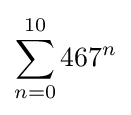
\sum _{n=0}^{10}{467}^{n}